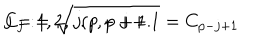
C _ { j } : = \sqrt { j ( p - j + 1 } = C _ { p - j + 1 } \hspace { . 5 i n } j = 1 , 2 , . . . , p + 1 .